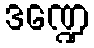
ဒဏ္ဍေ